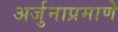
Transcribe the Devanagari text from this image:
अर्जुनाप्रमाणे